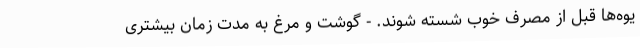
یوه‌ها قبل از مصرف خوب شسته شوند. - گوشت و مرغ به مدت زمان بیشتری